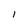
Character: l